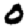
Digit: 0